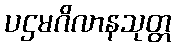
ပဌမဂိလာနသုတ္တ